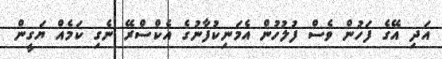
އަދި އޭގެ ފަހުން ވެސް ފުލުހުން އެމަނިކުފާނުގެ އެކްސްރޭ ނެގި ކަމެއް ޔަގީން